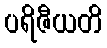
ပရိဇီယတိ